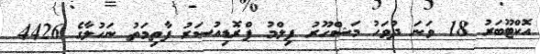
އޮކްޓޫބަރު 18 ވަނަ ދުވަހު މަޝްހޫރު ފިލްމު ޕްރޮޑިއުސަރު ފާތިމަތު ނަހުލާގެ 4426